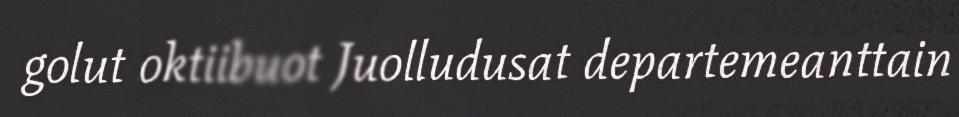
golut oktiibuot Juolludusat departemeanttain